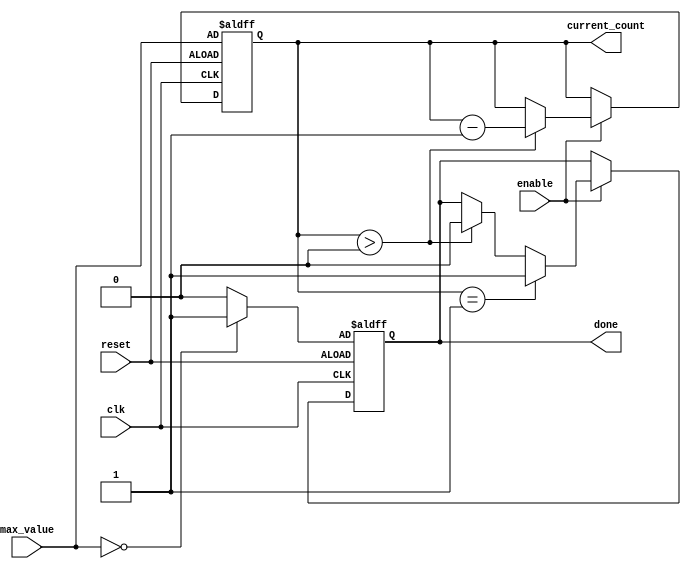
module decremental_counter (
    input wire clk,              // Clock signal
    input wire reset,            // Asynchronous reset signal
    input wire enable,           // Enable signal for counting
    input wire [7:0] max_value,  // Maximum value for the counter
    output reg [7:0] current_count, // Current count value
    output reg done              // Done flag
);

    // Initial state of the done flag
    initial begin
        current_count = 0;
        done = 0;
    end

    // Asynchronous reset and counting logic
    always @(posedge clk or posedge reset) begin
        if (reset) begin
            // Reset the counter to max_value
            current_count <= max_value;
            done <= (max_value == 0) ? 1'b1 : 1'b0; // Assert done if max_value is 0
        end else if (enable) begin
            if (current_count > 0) begin
                current_count <= current_count - 1; // Decrement the counter
                done <= 1'b0; // Clear done flag while counting
            end
            if (current_count == 1) begin
                done <= 1'b1; // Assert done flag when reaching zero
            end
        end
    end

endmodule